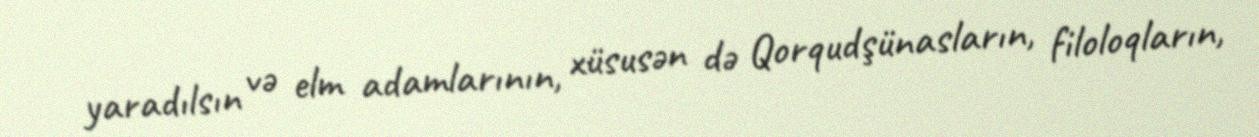
yaradılsın və elm adamlarının, xüsusən də Qorqudşünasların, filoloqların,